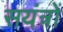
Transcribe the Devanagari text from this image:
सयंत्रों